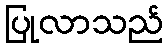
ပြုလာသည်